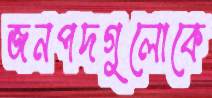
জনপদগুলোকে